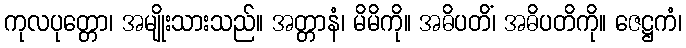
ကုလပုတ္တော၊ အမျိုးသားသည်။ အတ္တာနံ၊ မိမိကို။ အဓိပတိံ၊ အဓိပတိကို။ ဇေဋ္ဌကံ၊